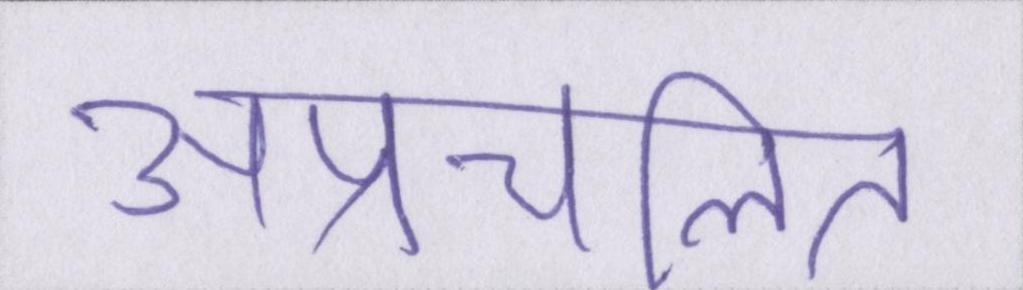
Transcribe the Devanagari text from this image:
अप्रचलित